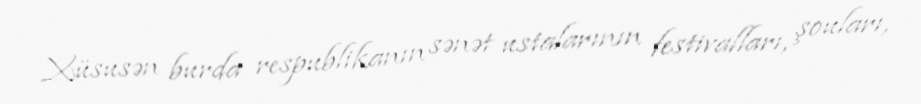
Xüsusən burda respublikanın sənət ustalarının festivalları, şouları,